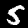
Digit: 5